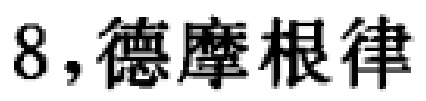
8，德摩根律